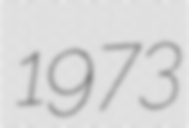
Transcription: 1973